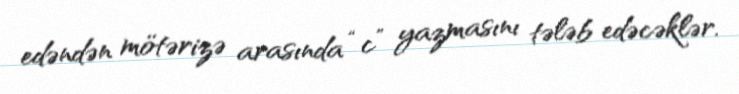
edəndən mötərizə arasında “c” yazmasını tələb edəcəklər.